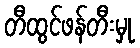
တီထွင်ဖန်တီးမှု